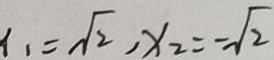
x _ { 1 } = \sqrt { 2 } , x _ { 2 } = - \sqrt { 2 }